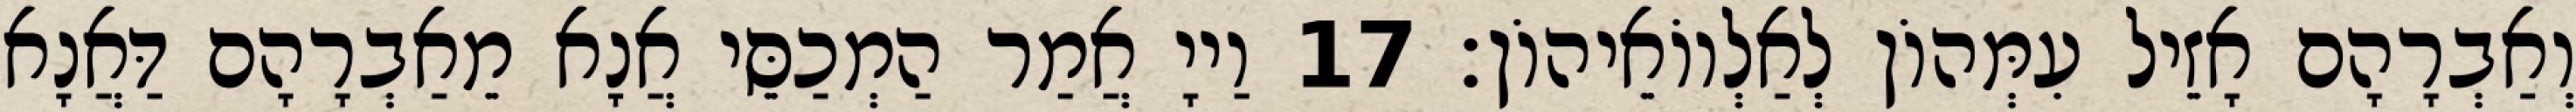
וְאַבְרָהָם אָזֵיל עִמְּהוֹן לְאַלְווֹאֵיהוֹן׃ 17 וַייָ אֲמַר הַמְכַסֵּי אֲנָא מֵאַבְרָהָם דַּאֲנָא